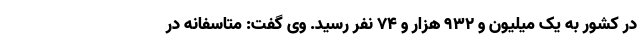
در کشور به یک میلیون و ۹۳۲ هزار و ۷۴ نفر رسید. وی گفت: متاسفانه در